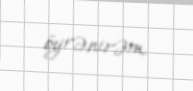
öyrənirəm.